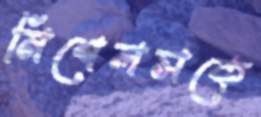
মিশেলসকে